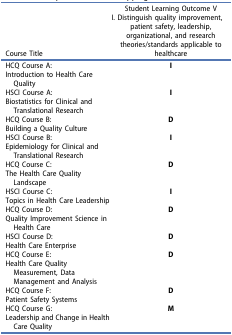
| Course Title | Student Learning Outcome VI. Distinguish quality improvement, patient safety, leadership, organizational, and research theories/standards applicable to healthcare |
 | --- | --- |
 | HCQ Course A:Introduction to Health Care Quality | I |
 | HSCI Course A:Biostatistics for Clinical and Translational Research | I |
 | HCQ Course B:Building a Quality Culture | D |
 | HSCI Course B:Epidemiology for Clinical and Translational Research | I |
 | HCQ Course C:The Health Care Quality Landscape | D |
 | HSCI Course C:Topics in Health Care Leadership | I |
 | HCQ Course D:Quality Improvement Science in Health Care | D |
 | HSCI Course D:Health Care Enterprise | D |
 | HCQ Course E:Health Care Quality Measurement, Data Management and Analysis | D |
 | HCQ Course F:Patient Safety Systems | D |
 | HCQ Course G:Leadership and Change in Health Care Quality | M |